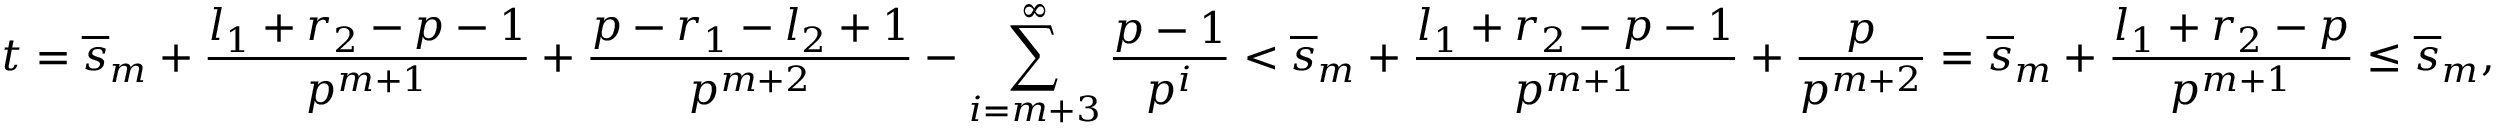
t = \overline { { s } } _ { m } + \frac { l _ { 1 } + r _ { 2 } - p - 1 } { p ^ { m + 1 } } + \frac { p - r _ { 1 } - l _ { 2 } + 1 } { p ^ { m + 2 } } - \sum _ { i = m + 3 } ^ { \infty } \frac { p - 1 } { p ^ { i } } < \overline { { s } } _ { m } + \frac { l _ { 1 } + r _ { 2 } - p - 1 } { p ^ { m + 1 } } + \frac { p } { p ^ { m + 2 } } = \overline { { s } } _ { m } + \frac { l _ { 1 } + r _ { 2 } - p } { p ^ { m + 1 } } \leq \overline { { s } } _ { m } ,